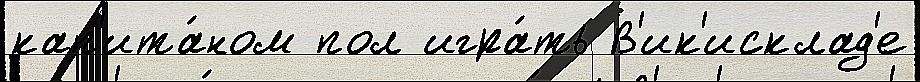
кап'ита́ном пол игра́ть В'ик'исклад'е